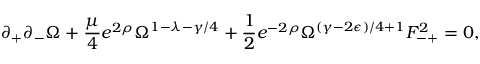
\partial _ { + } \partial _ { - } \Omega + \frac { \mu } { 4 } e ^ { 2 \rho } \Omega ^ { 1 - \lambda - \gamma / 4 } + \frac { 1 } { 2 } e ^ { - 2 \rho } \Omega ^ { ( \gamma - 2 \epsilon ) / 4 + 1 } F _ { - + } ^ { 2 } = 0 ,